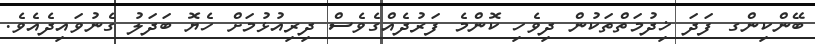
ބޭންކިންގ ފަދަ ޚިދުމަތްތަކުން ދިވެހި ކޮންމެ ފަރުދެއްގެވެސް ދިރިއުޅުމަށް ހެޔޮ ބަދަލު ގެނުވައިދެއެވެ.